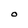
Character: O